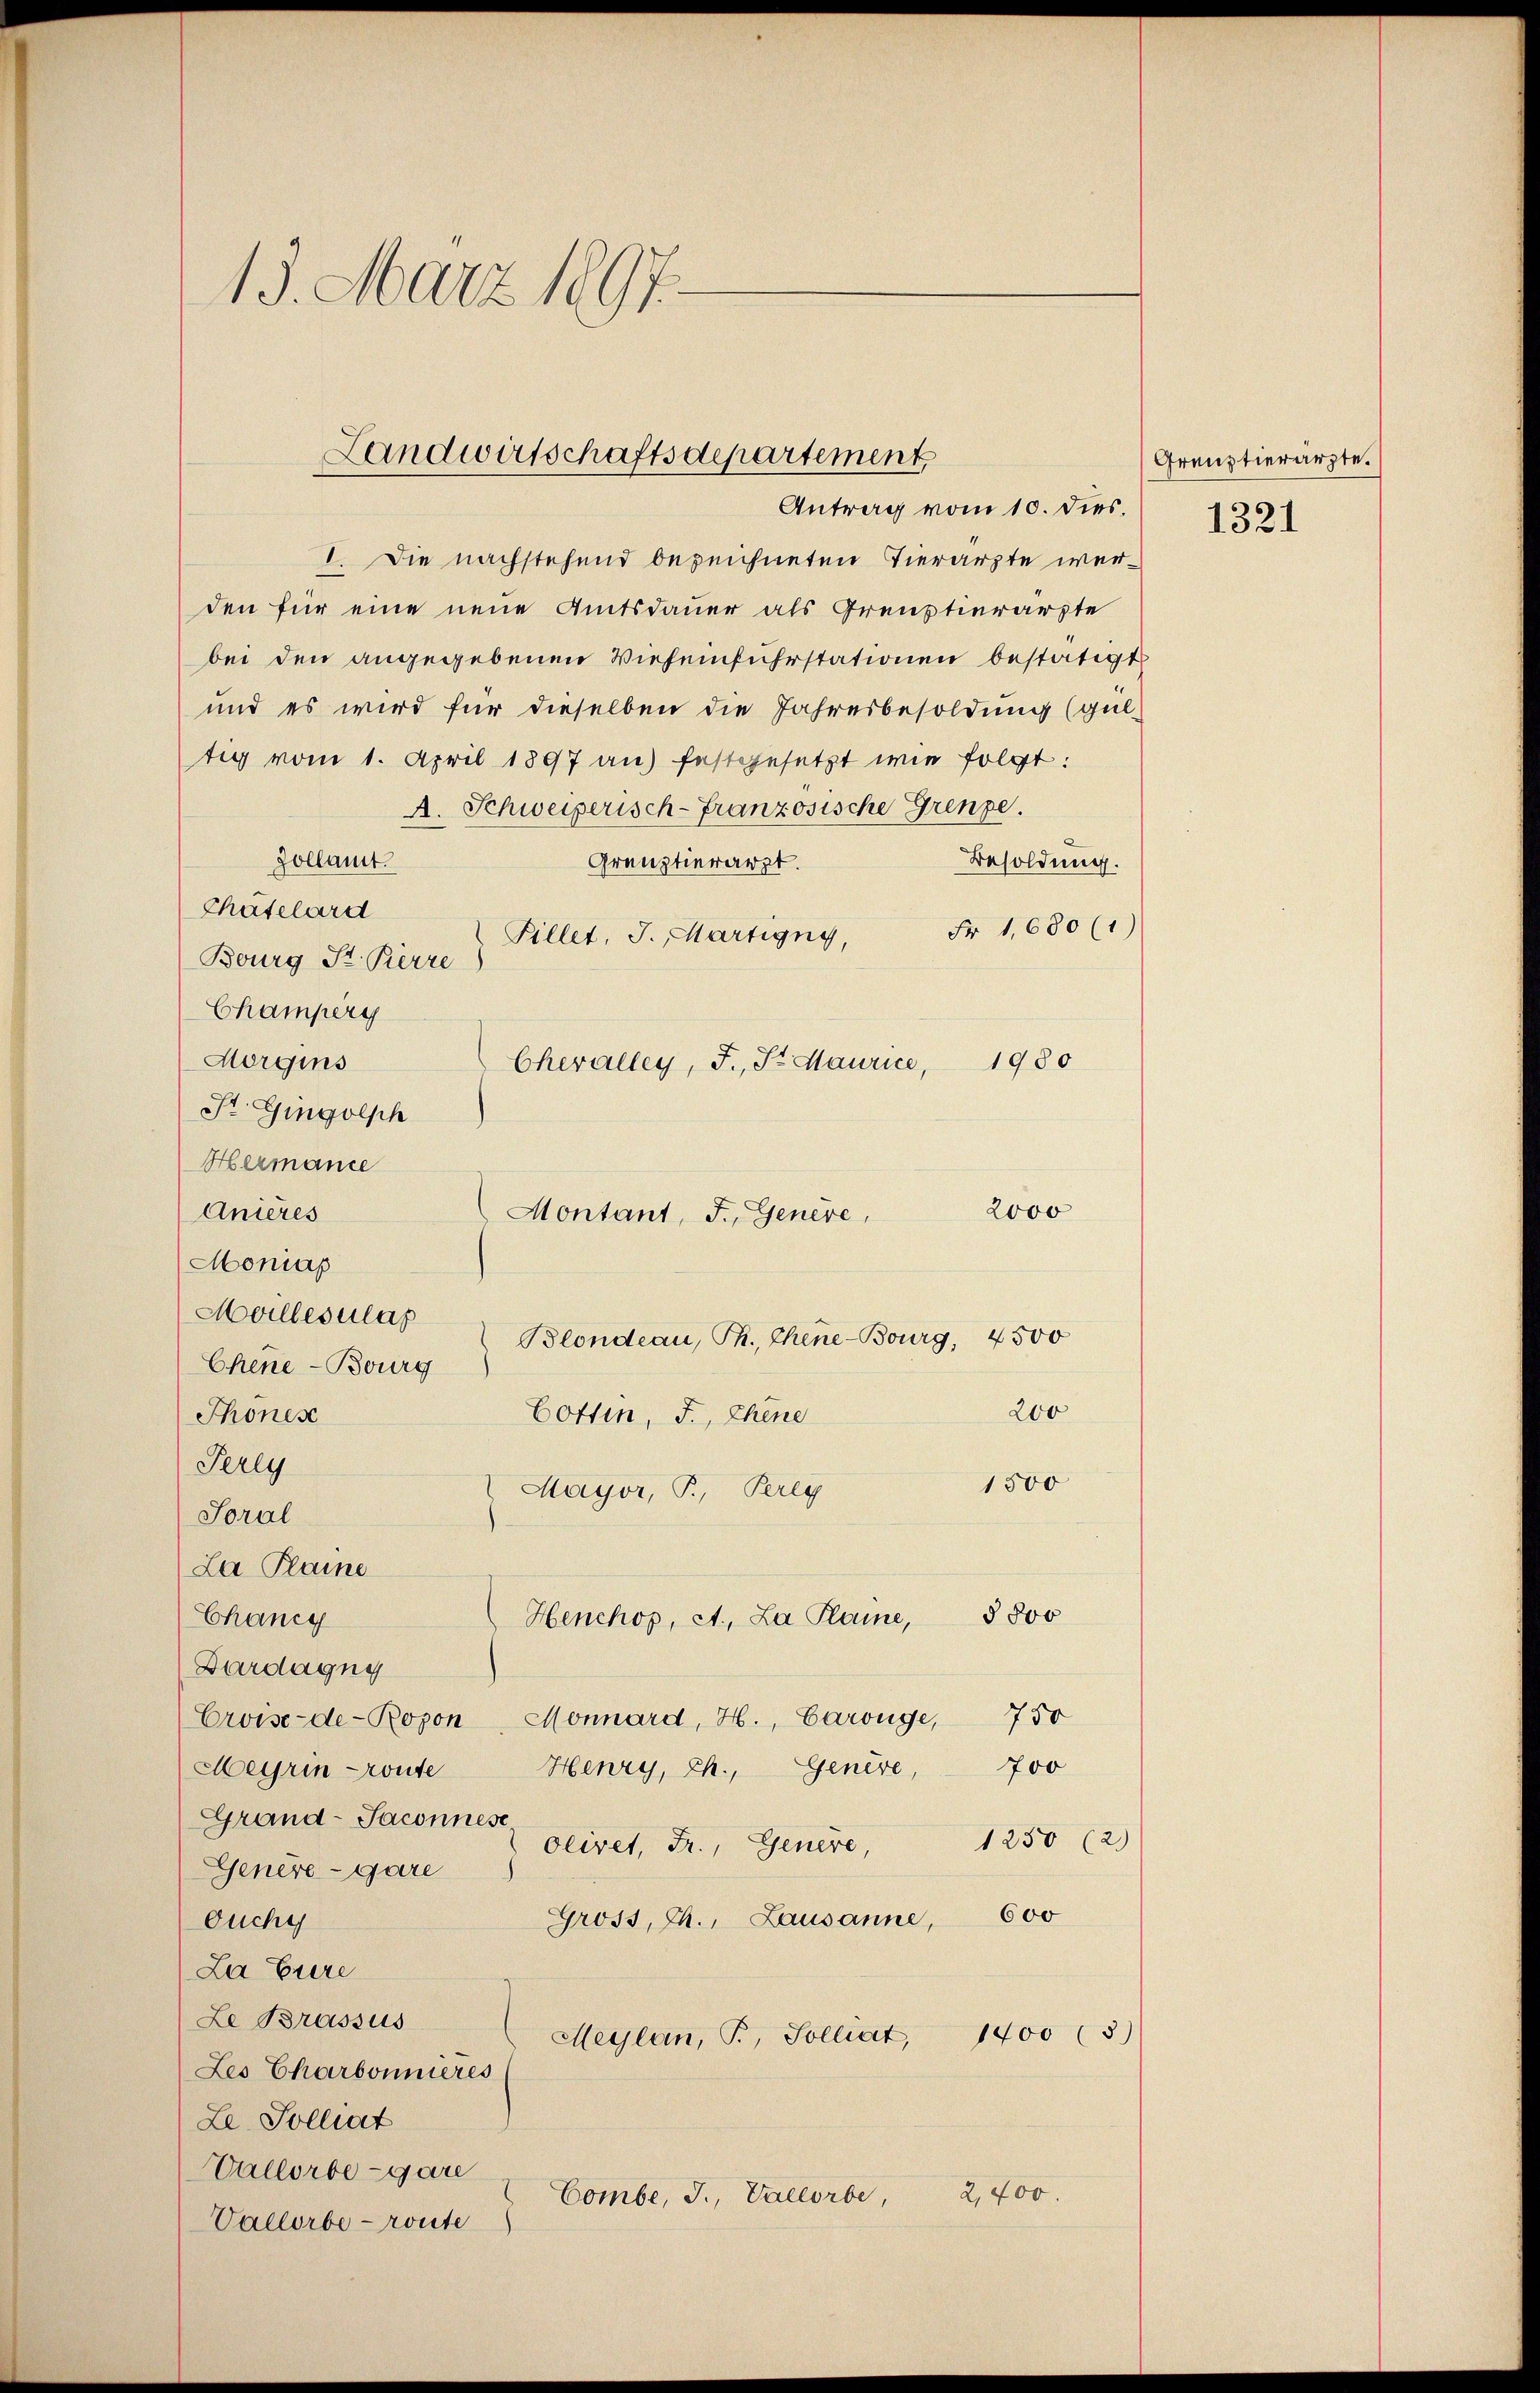
13. März 1897.

Landwirtschaftsdepartement
Antrag vom 10. dies.

Montant, J., Genève,

I. Die nachstehend bezeichneten Tierarzte werden für eine neue Amtsdauer als Greustierärzte
bei den angegebenen Viehseinfuhrstationen bestätigt
und es wird für dieselben die Jahresbesoldung (gul-
tig vom 1. April 1897 an) festgesetzt wie folgt:
A. Schweizerisch-Französische Grenze.
Zollamt
Besoldung.
Grenztierarzt.
Chatelard
Fr 1,680 (1
Fillet, J. Martigny,
Bourg St. Pierre
Champerg
Morgins
Chevalley, F., S. Maurice, 1980
St. Gingolph
Hermance
2000
Anières
Monias
Moilles las
Blondeau, Th. Chine-Bourg, 4500
Chene Bourg
200
Thönes
Cottin, F., Chene
Perey
1500
Mayor, P., Pereg
Soral
La Plaine
§800
Chancy
Henchop, A. La Plaine,
Dardagug
750
Eroise-de-Ropon, Monnard, H., Carouge,
700
Henry, Ch., Genere,
Meyrin route
Grand-Sacones geiret, Fr., Genere 1250 (2)
Genere - gare
600
Gross, Th. Lausanne,
Ouchy
La Euere
Le Brassus
1700 (5)
Meylan, P., Solliat,
Les Charbonneres
Le. Polliat
Vallorbe-gare
2,400.
Combe, J., Vallorbe,
Vallorbe- route

Grenztierärzte.
1321